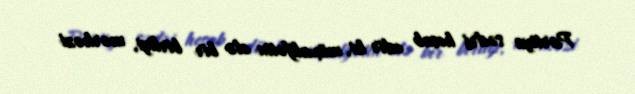
Partiya sədri hesab edir ki, müxalifətin elə bir birliyi, mərkəzi